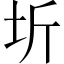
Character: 圻